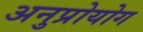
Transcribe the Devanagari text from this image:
अनुप्रोयोग